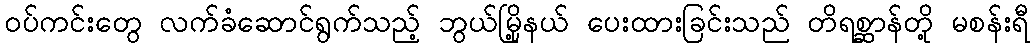
ဝပ်ကင်းတွေ လက်ခံဆောင်ရွက်သည့် ဘွယ်မြို့နယ် ပေးထားခြင်းသည် တိရစ္ဆာန်တို့ မစန်းရီ